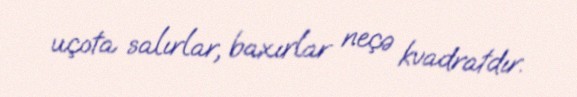
uçota salırlar, baxırlar neçə kvadratdır.